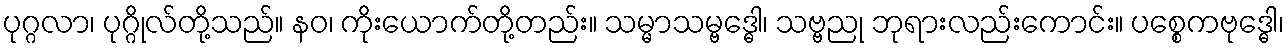
ပုဂ္ဂလာ၊ ပုဂ္ဂိုလ်တို့သည်။ နဝ၊ ကိုးယောက်တို့တည်း။ သမ္မာသမ္ဗဒ္ဓေါ၊ သဗ္ဗညု ဘုရားလည်းကောင်း။ ပစ္စေကဗုဒ္ဓေါ၊